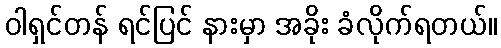
ဝါရှင်တန် ရင်ပြင် နားမှာ အခိုး ခံလိုက်ရတယ်။